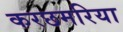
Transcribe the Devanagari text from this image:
करछमरिया